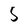
Character: S